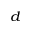
^ { d }